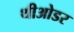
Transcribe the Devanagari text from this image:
थीओडर